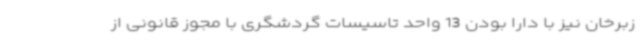
زبرخان نیز با دارا بودن 13 واحد تاسیسات گردشگری با مجوز قانونی از